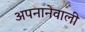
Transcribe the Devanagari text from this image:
अपनानेवाली